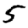
Digit: 5